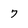
Character: 7